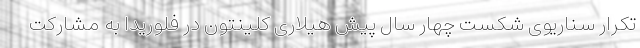
تکرار سناریوی شکست چهار سال پیش هیلاری کلینتون در فلوریدا به مشارکت